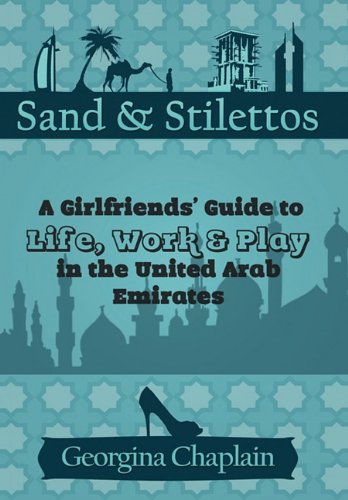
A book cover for Sand & Stilettos: A Girls' Guide to Life, Work & Play in the United Arab Emirates; Georgina Chaplain; History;